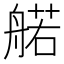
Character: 𫇜